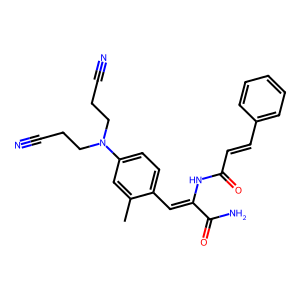
SMILES: Cc1cc(N(CCC#N)CCC#N)ccc1C=C(NC(=O)C=Cc1ccccc1)C(N)=O
Inhibits HIV replication: No